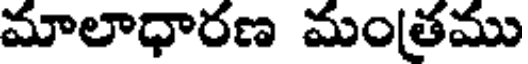
మాలాధారణ మంతము